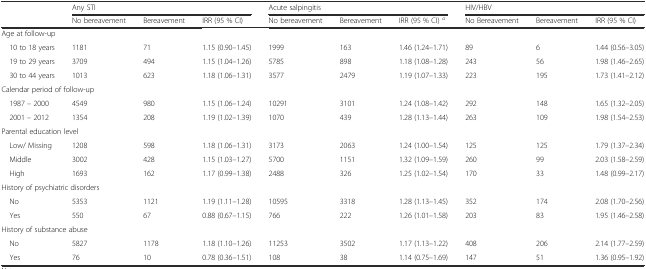
<table><thead><tr><td></td><td colspan="3"><b>Any STI</b></td><td colspan="3"><b>Acute salpingitis</b></td><td colspan="3"><b>HIV/HBV</b></td></tr><tr><td></td><td><b>No bereavement</b></td><td><b>Bereavement</b></td><td><b>IRR (95 % CI)</b></td><td><b>No bereavement</b></td><td><b>Bereavement</b></td><td><b>IRR (95 % CI) <sup><i>a</i></sup></b></td><td><b>No Bereavement</b></td><td><b>Bereavement</b></td><td><b>IRR (95 % CI)</b></td></tr></thead><tbody><tr><td colspan="10">Age at follow-up</td></tr><tr><td> 10 to 18 years</td><td>1181</td><td>71</td><td>1.15 (0.90–1.45)</td><td>1999</td><td>163</td><td>1.46 (1.24–1.71)</td><td>89</td><td>6</td><td>1.44 (0.56–3.05)</td></tr><tr><td> 19 to 29 years</td><td>3709</td><td>494</td><td>1.15 (1.04–1.26)</td><td>5785</td><td>898</td><td>1.18 (1.08–1.28)</td><td>243</td><td>56</td><td>1.98 (1.46–2.65)</td></tr><tr><td> 30 to 44 years</td><td>1013</td><td>623</td><td>1.18 (1.06–1.31)</td><td>3577</td><td>2479</td><td>1.19 (1.07–1.33)</td><td>223</td><td>195</td><td>1.73 (1.41–2.12)</td></tr><tr><td colspan="10">Calendar period of follow-up</td></tr><tr><td> 1987 – 2000</td><td>4549</td><td>980</td><td>1.15 (1.06–1.24)</td><td>10291</td><td>3101</td><td>1.24 (1.08–1.42)</td><td>292</td><td>148</td><td>1.65 (1.32–2.05)</td></tr><tr><td> 2001 – 2012</td><td>1354</td><td>208</td><td>1.19 (1.02–1.39)</td><td>1070</td><td>439</td><td>1.28 (1.13–1.44)</td><td>263</td><td>109</td><td>1.98 (1.54–2.53)</td></tr><tr><td colspan="10">Parental education level</td></tr><tr><td> Low/ Missing</td><td>1208</td><td>598</td><td>1.18 (1.06–1.31)</td><td>3173</td><td>2063</td><td>1.24 (1.00–1.54)</td><td>125</td><td>125</td><td>1.79 (1.37–2.34)</td></tr><tr><td> Middle</td><td>3002</td><td>428</td><td>1.15 (1.03–1.27)</td><td>5700</td><td>1151</td><td>1.32 (1.09–1.59)</td><td>260</td><td>99</td><td>2.03 (1.58–2.59)</td></tr><tr><td> High</td><td>1693</td><td>162</td><td>1.17 (0.99–1.38)</td><td>2488</td><td>326</td><td>1.25 (1.02–1.54)</td><td>170</td><td>33</td><td>1.48 (0.99–2.17)</td></tr><tr><td colspan="10">History of psychiatric disorders</td></tr><tr><td> No</td><td>5353</td><td>1121</td><td>1.19 (1.11–1.28)</td><td>10595</td><td>3318</td><td>1.28 (1.13–1.45)</td><td>352</td><td>174</td><td>2.08 (1.70–2.56)</td></tr><tr><td> Yes</td><td>550</td><td>67</td><td>0.88 (0.67–1.15)</td><td>766</td><td>222</td><td>1.26 (1.01–1.58)</td><td>203</td><td>83</td><td>1.95 (1.46–2.58)</td></tr><tr><td colspan="10">History of substance abuse</td></tr><tr><td> No</td><td>5827</td><td>1178</td><td>1.18 (1.10–1.26)</td><td>11253</td><td>3502</td><td>1.17 (1.13–1.22)</td><td>408</td><td>206</td><td>2.14 (1.77–2.59)</td></tr><tr><td> Yes</td><td>76</td><td>10</td><td>0.78 (0.36–1.51)</td><td>108</td><td>38</td><td>1.14 (0.75–1.69)</td><td>147</td><td>51</td><td>1.36 (0.95–1.92)</td></tr></tbody></table>